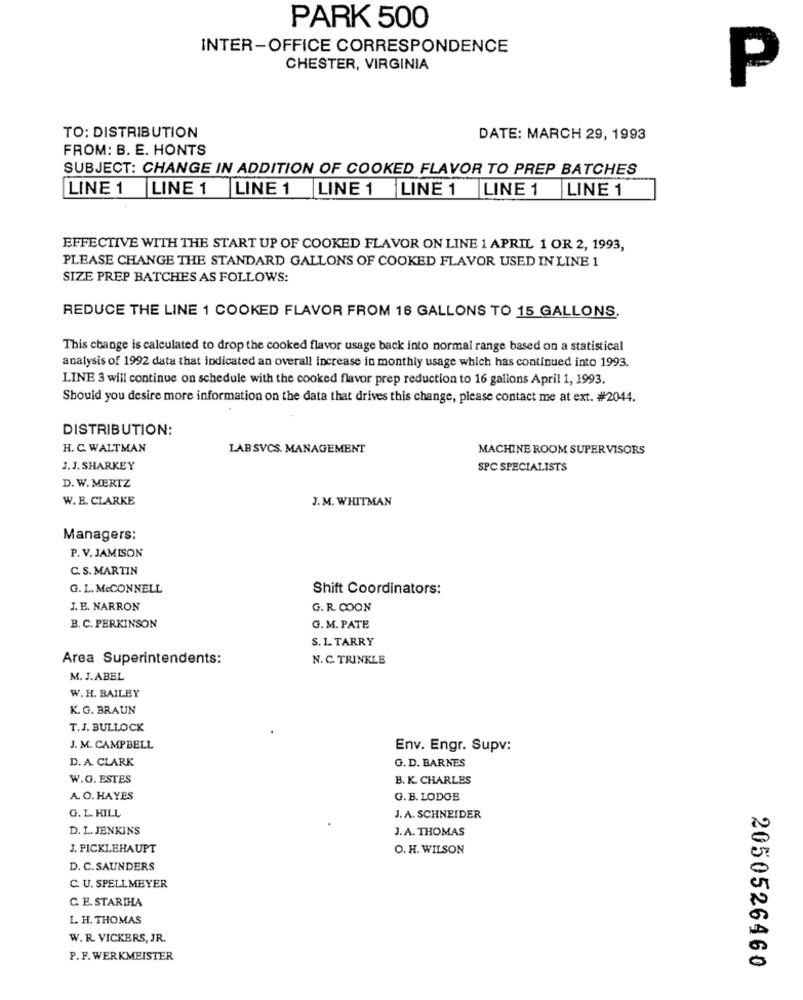
PARK 500
INTER-OFFICE CORRESPONDENCE
CHESTER, VIRGINIA
P
TO: DISTRIBUTION
DATE: MARCH 29, 1993
FROM: B. E. HONTS
SUBJECT: CHANGE IN ADDITION OF COOKED FLAVOR TO PREP BATCHES
LINE 1 LINE 1 LINE1 LINE1 LINE 1 LINE 1 LINE 1
EFFECTIVE WITH THE START UP OF COOKED FLAVOR ON LINE 1 APRIL 1 OR 2, 1993,
PLEASE CHANGE THE STANDARD GALLONS OF COOKED FLAVOR USED IN LINE 1
SIZE PREP BATCHES AS FOLLOWS:
REDUCE THE LINE 1 COOKED FLAVOR FROM 16 GALLONS TO 15 GALLONS.
This change is calculated to drop the cooked flavor usage back into normal range based on a statistical
analysis of 1992 data that indicated an overall increase in monthly usage which has continued into 1993.
LINE 3 will continue on schedule with the cooked flavor prep reduction to 16 gallons April 1, 1993.
Should you desire more information on the data that drives this change, please contact me at ext. #2044.
DISTRIBUTION:
H. C. WALTMAN
LAB SVCS. MANAGEMENT
MACHINE ROOM SUPERVISORS
J.J. SHARKEY
SPC SPECIALISTS
D. W. MERTZ
W. E. CLARKE
J.M. WHITMAN
Managers:
P. V. JAMISON
C. S. MARTIN
G. L. McCONNELL
Shift Coordinators:
J. E. NARRON
G. R. COON
B. C. PERKINSON
G.M. PATE
S. L. TARRY
Area Superintendents:
N. C. TRINKLE
M. J.ABEL
W.H. BAILEY
K. G. BRAUN
T. J. BULLOCK
J. M. CAMPBELL
Env. Engr. Supv:
D. A. CLARK
G. D. BARNES
W.G. ESTES
B. K. CHARLES
A. O. HAYES
G. B. LODGE
G. L. HILL
J. A. SCHNEIDER
D. L. JENKINS
J.A. THOMAS
J. PICKLEHAUPT
O. H. WILSON
D. C. SAUNDERS
C. U. SPELLMEYER
C. E. STARIHA
L. H. THOMAS
W. R. VICKERS, JR.
P. F. WERKMEISTER
2050526460